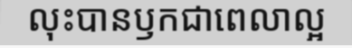
លុះបានឫកជាពេលាល្អ